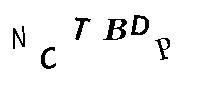
NCTBDP